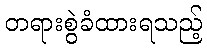
တရားစွဲခံထားရသည့်